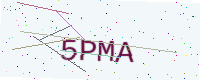
Text: 5PMA